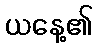
ယနေ့၏